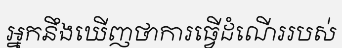
អ្នកនឹងឃើញថាការធ្វើដំណើររបស់